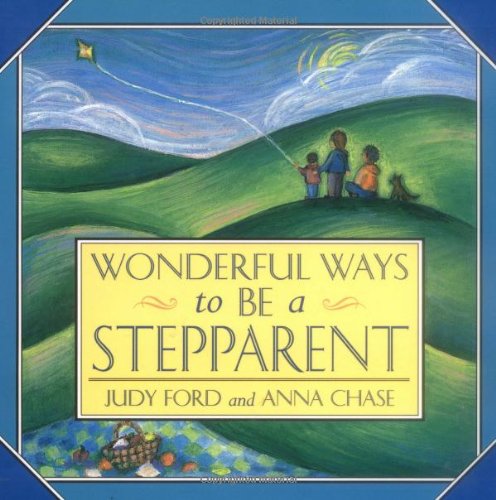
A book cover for Wonderful Ways to be a Stepparent; Parenting & Relationships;